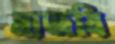
মাজবি